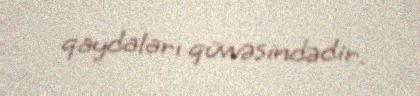
qaydaları qüvvəsindədir.